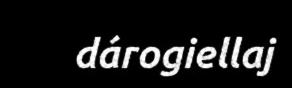
dárogiellaj